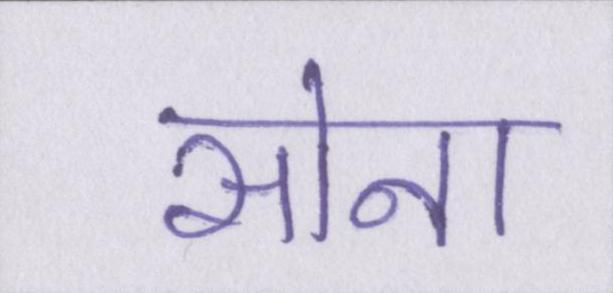
सोना